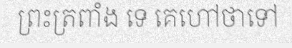
ព្រះត្រពាំង ទេ គេហៅថាទៅ